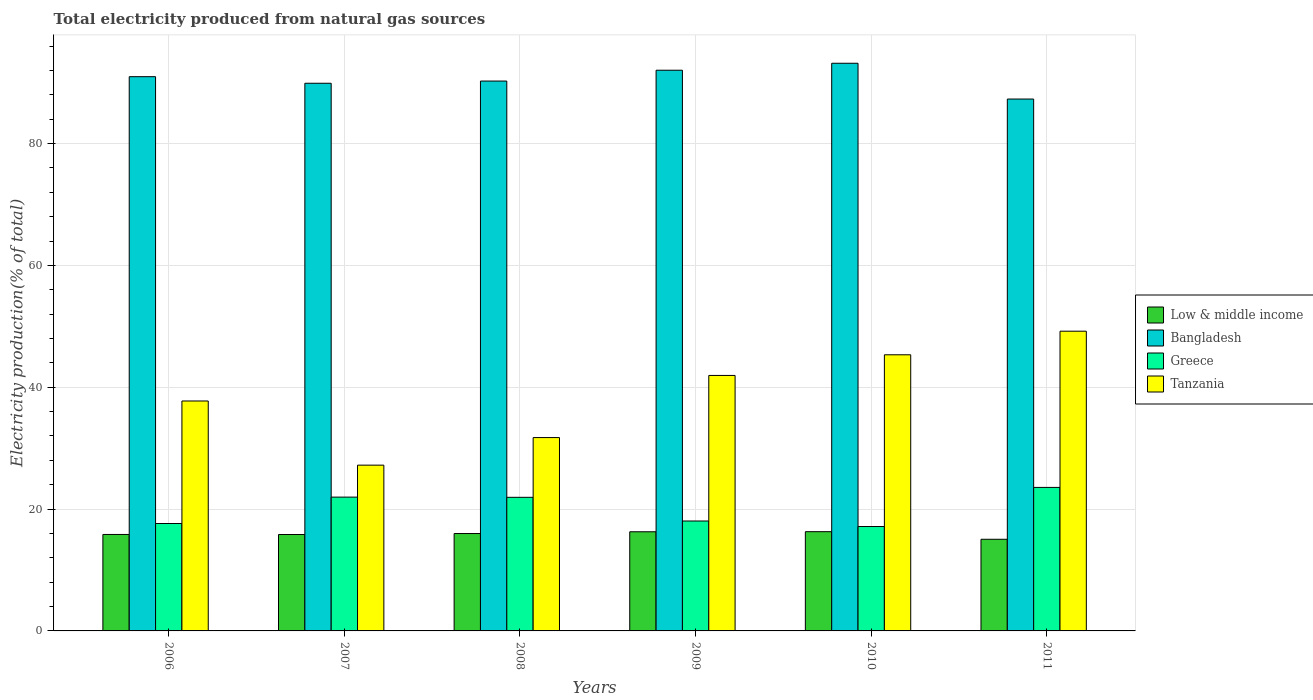
| Years | Low & middle income | Bangladesh | Greece | Tanzania |
 | --- | --- | --- | --- | --- |
 | 2006 | 15.8 | 91 | 17.6 | 37.7 |
 | 2007 | 15.8 | 89.9 | 22 | 27.2 |
 | 2008 | 16 | 90.3 | 21.9 | 31.7 |
 | 2009 | 16.3 | 92 | 18 | 41.9 |
 | 2010 | 16.3 | 93.2 | 17.1 | 45.3 |
 | 2011 | 15 | 87.3 | 23.6 | 49.2 |